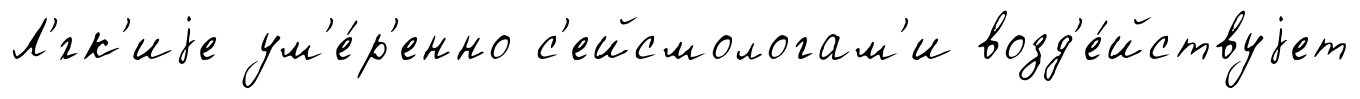
Л'́гк'иjе ум'е́р'енно с'ейсмологам'и возд'е́йствуjет